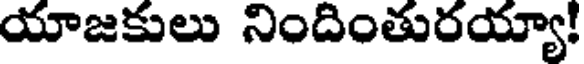
యాజకులు నిందింతురయ్యా!